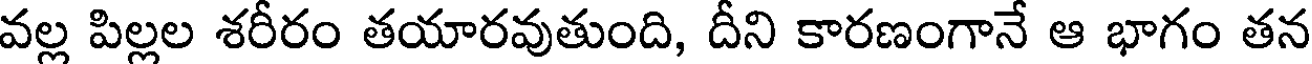
వల్ల పిల్లల శరీరం తయారవుతుంది, దీని కారణంగానే ఆ భాగం తన